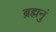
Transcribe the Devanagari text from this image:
ब्रह्मनुं